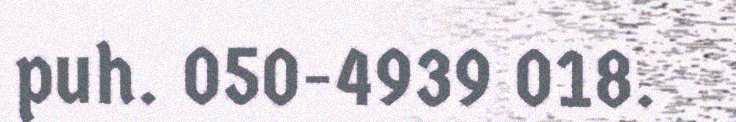
puh. 050-4939 018.